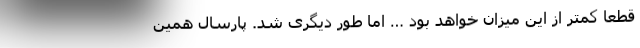
قطعاً کمتر از این میزان خواهد بود … اما طور دیگری شد. پارسال همین